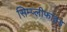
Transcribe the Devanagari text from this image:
सिम्प्लीफाइड